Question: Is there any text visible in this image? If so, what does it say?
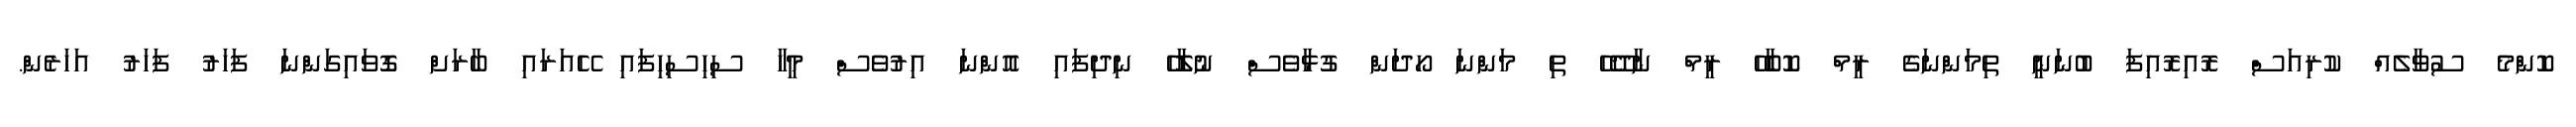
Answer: ކޮންމެ ސުވާލެއް ކުރިއަސް ރޮއިރޮއިފަ ބުނަނީ ތިމަންނަގެ ރީމް ކޮބާހޭ ރީމް ނާދޭހޭ ތި މަންނަ ހޯދަން ގުޅާވެސް ނުލާހޭ ނިދިފައި އޮންނަ އިރުވެސް މީހާ ސިހިސިހިފައި ހޭއަރައި ބާރަށް ގޮވައިގަންނަ ފަހަރު ފަހަރު އަހަރެން.